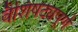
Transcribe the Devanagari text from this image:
वैशिषट्यपूर्ण